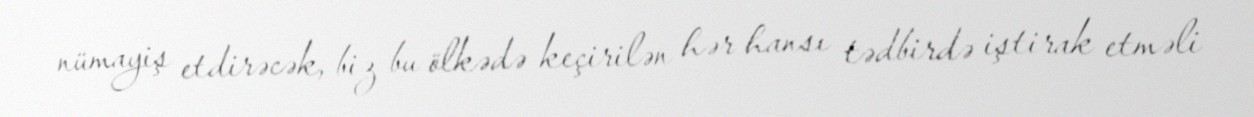
nümayiş etdirəcək, biz bu ölkədə keçirilən hər hansı tədbirdə iştirak etməli